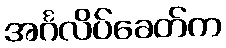
အင်္ဂလိပ်ခေတ်က